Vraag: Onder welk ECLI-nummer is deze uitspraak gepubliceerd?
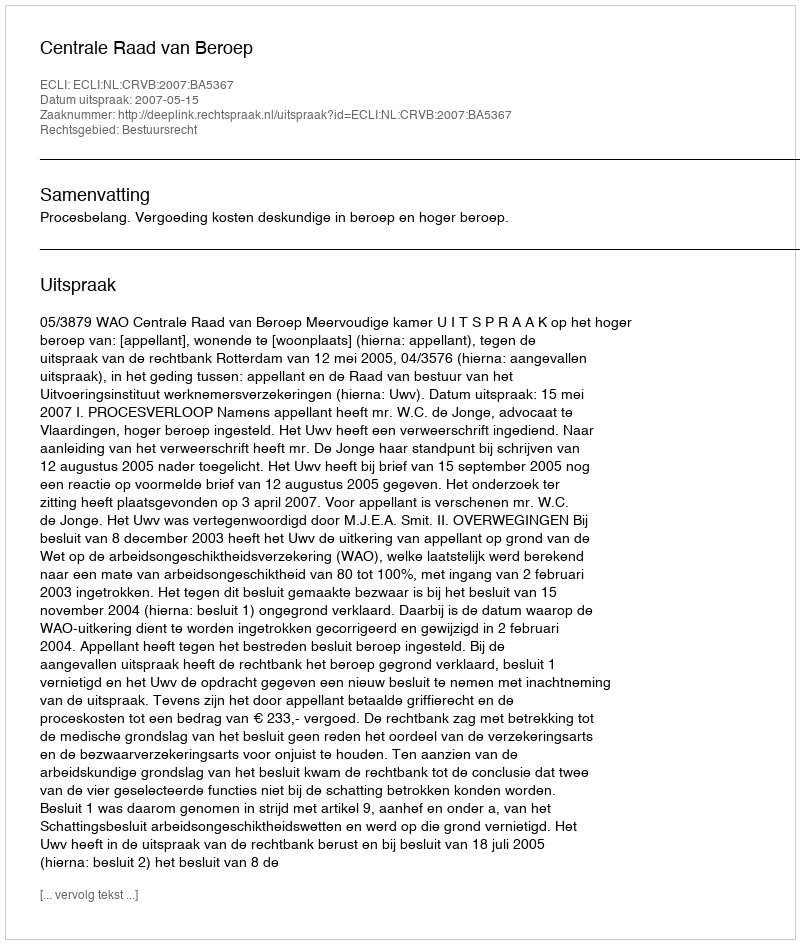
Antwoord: ECLI:NL:CRVB:2007:BA5367